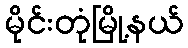
မိုင်းတုံမြို့နယ်